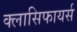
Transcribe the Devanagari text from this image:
क्लासिफायर्स